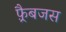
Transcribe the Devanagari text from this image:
फ़्रैबजस